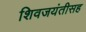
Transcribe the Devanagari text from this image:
शिवजयंतीसह